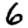
Digit: 6